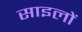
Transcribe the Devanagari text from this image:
साइलों